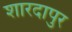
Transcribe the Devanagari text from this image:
शारदापुर